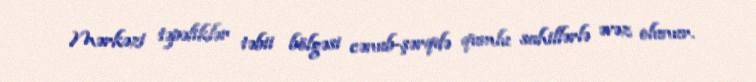
Mərkəzi təpəliklər təbii bölgəsi cənub-şərqdə qumlu sahillərlə əvəz olunur.